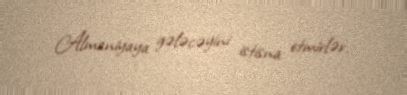
Almaniyaya gələcəyini istisna etmirlər.